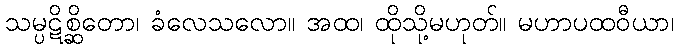
သမ္ပဋိစ္ဆိတော၊ ခံလေသလော။ အထ၊ ထိုသို့မဟုတ်။ မဟာပထဝီယာ၊